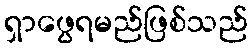
ရှာဖွေရမည်ဖြစ်သည်